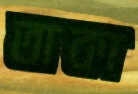
তাকা